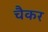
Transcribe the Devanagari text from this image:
चैकर